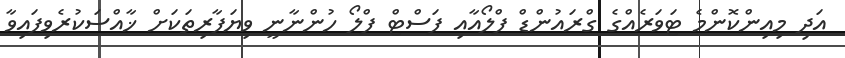
އަދި މިއިންކޮންމެ ޓަވަރެއްގެ ގްރައުންޑް ފްލޯއާއި ފަސްޓް ފްލޯ ހުންނާނީ ވިޔަފާރިތަކަށް ޚާއްސަކުރެވިފައިވާ